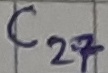
Text: C27